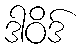
ဒါဝိဒ်